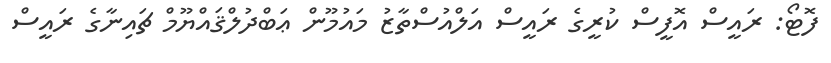
ފޮޓޯ: ރައީސް އޮފީސް ކުރީގެ ރައީސް އަލްއުސްތާޒު މައުމޫން ޢަބްދުލްޤައްޔޫމް ޗައިނާގެ ރައީސް